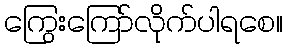
ကြွေးကြော်လိုက်ပါရစေ။